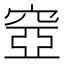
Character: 𥦳